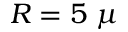
R = 5 ~ \mu